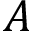
A